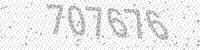
Solution: 707676